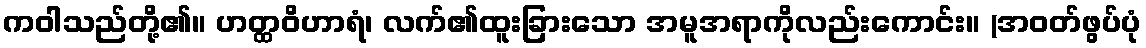
ကဝါသည်တို့၏။ ဟတ္ထဝိဟာရံ၊ လက်၏ထူးခြားသော အမူအရာကိုလည်းကောင်း။ (အဝတ်ဖွပ်ပုံ